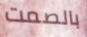
بالصمت